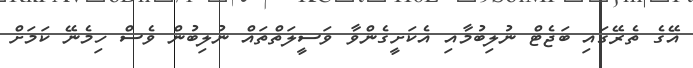
އޭގެ ތެރޭގައި ބަޖެޓް ނުލިބުމާއި އެކަށީގެންވާ ވަސީލަތްތައް ނުލިބުން ވެސް ހިމެނޭ ކަމަށް